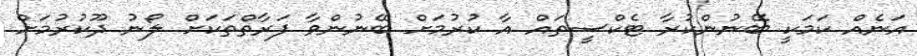
އަނެއް ކަމަކީ ބޭނުންކުރާ ޓެކްސީތައް އާ ކުރުމަށް ބޭނުންވާ ފަރާތްތަކަށް ލޯނު ދޫކުރުމަށް